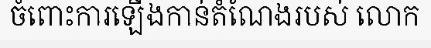
ចំពោះការឡើងកាន់តំណែងរបស់ លោក